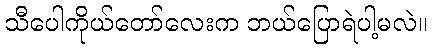
သီပေါကိုယ်တော်လေးက ဘယ်ပြောရဲပါ့မလဲ။